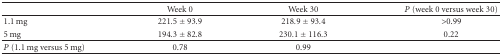
<table><thead><tr><td></td><td><b>Week 0</b></td><td><b>Week 30</b></td><td><b><i>P</i> (week 0 versus week 30)</b></td></tr></thead><tbody><tr><td>1.1 mg</td><td>221.5 ± 93.9</td><td>218.9 ± 93.4</td><td>&gt;0.99</td></tr><tr><td>5 mg</td><td>194.3 ± 82.8</td><td>230.1 ± 116.3</td><td>0.22</td></tr><tr><td><i>P</i> (1.1 mg versus 5 mg)</td><td>0.78</td><td>0.99</td><td></td></tr></tbody></table>